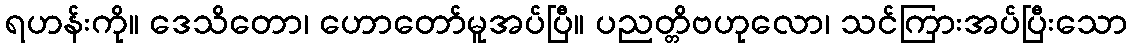
ရဟန်းကို။ ဒေသိတော၊ ဟောတော်မူအပ်ပြီ။ ပညတ္တိဗဟုလော၊ သင်ကြားအပ်ပြီးသော